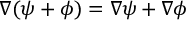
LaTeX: \nabla ( \psi + \phi ) = \nabla \psi + \nabla \phi